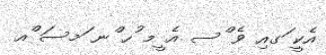
އެކީ ަގއި ވެ ްސ އެ ީމ ުހ ްނ ަމސަ ްއ